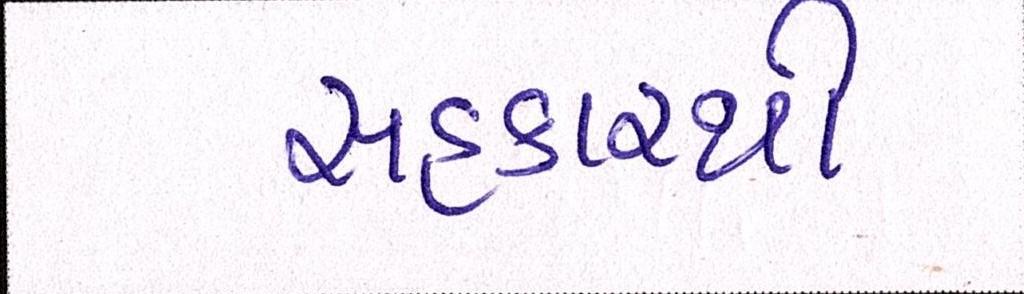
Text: સહકારથી